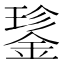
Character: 𮢝